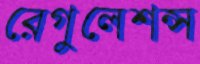
রেগুলেশন্স